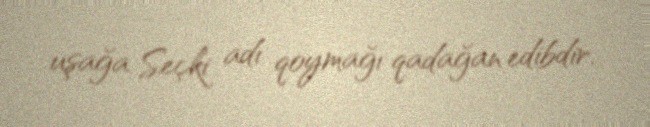
uşağa Seçki adı qoymağı qadağan edibdir.